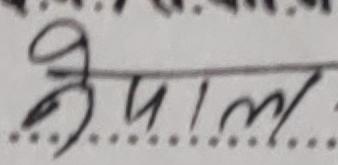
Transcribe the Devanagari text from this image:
केपाल